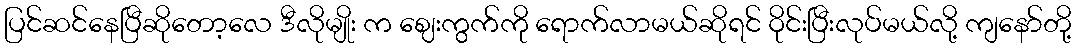
ပြင်ဆင်နေပြီဆိုတော့လေ ဒီလိုမျိုး က ဈေးကွက်ကို ရောက်လာမယ်ဆိုရင် ဝိုင်းပြီးလုပ်မယ်လို့ ကျနော်တို့